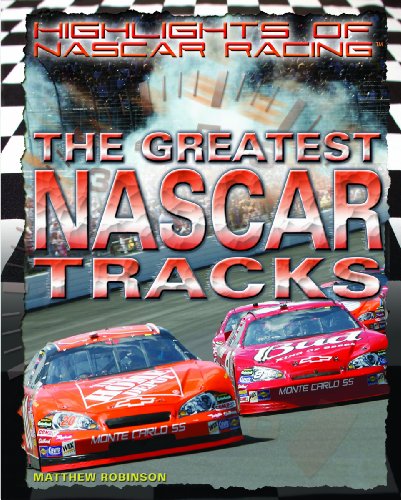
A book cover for The Greatest NASCAR Tracks (Highlights of Nascar Racing); Matthew Robinson; Teen & Young Adult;